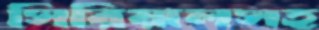
সিরিয়ালসহ